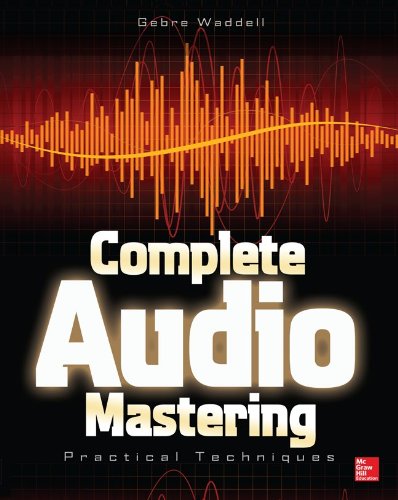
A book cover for Complete Audio Mastering: Practical Techniques; Gebre Waddell; Arts & Photography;